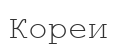
Кореи